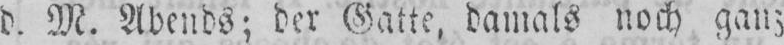
d. M. Abends; der Gatte, damals noch ganz